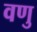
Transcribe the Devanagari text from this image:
वणु